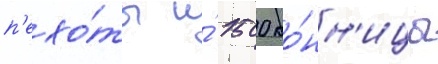
п'ехо́ты и́ 1500 ко́нн'ицы